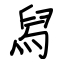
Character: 舄